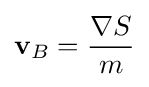
\mathbf {v} _{B}={\frac {\nabla S}{m}}